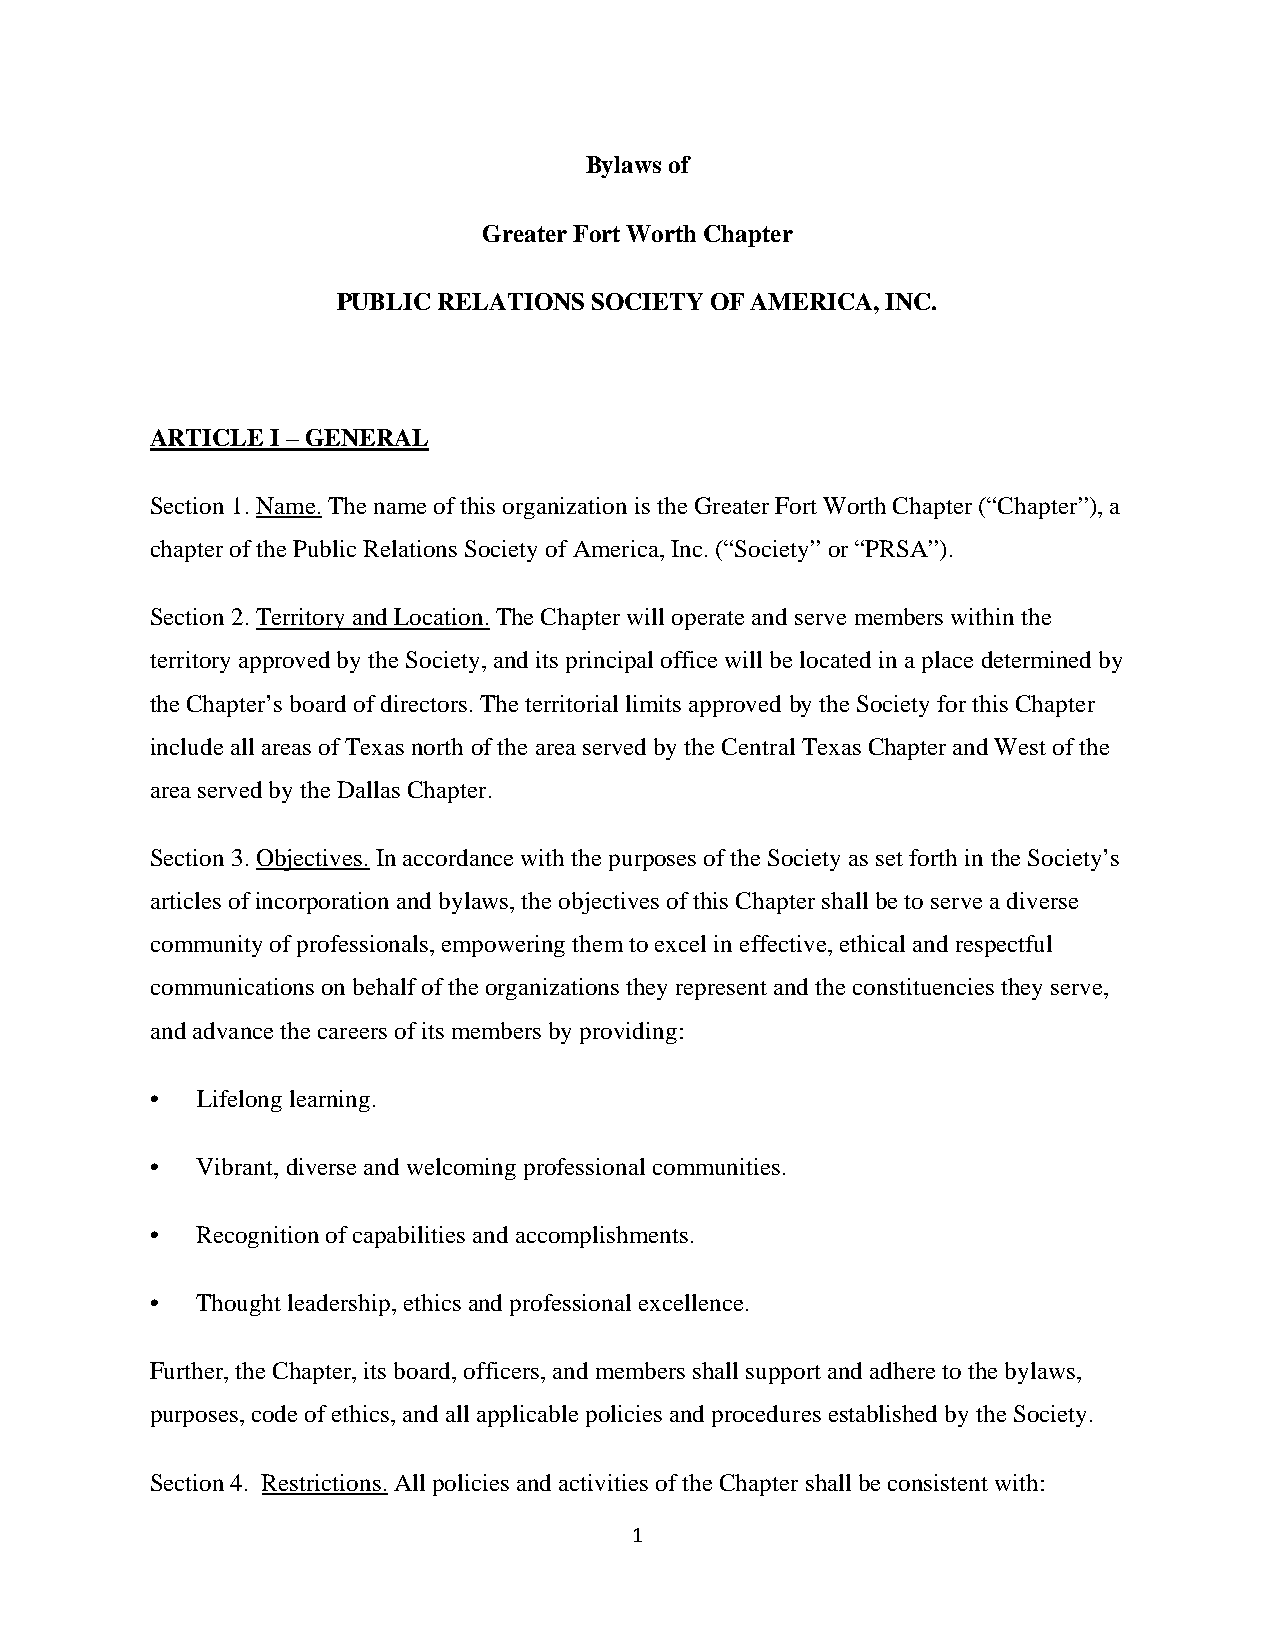
Bylaws of
 Greater Fort Worth Chapter
 PUBLIC RELATIONS SOCIETY OF AMERICA, INC.
 ARTICLE I – GENERAL
 Section 1. Name. The name of this organization is the Greater Fort Worth Chapter (“Chapter”), a
 chapter of the Public Relations Society of America, Inc. (“Society” or “PRSA”).
 Section 2. Territory and Location. The Chapter will operate and serve members within the
 territory approved by the Society, and its principal office will be located in a place determined by
 the Chapter’s board of directors. The territorial limits approved by the Society for this Chapter
 include all areas of Texas north of the area served by the Central Texas Chapter and West of the
 area served by the Dallas Chapter.
 Section 3. Objectives. In accordance with the purposes of the Society as set forth in the Society’s
 articles of incorporation and bylaws, the objectives of this Chapter shall be to serve a diverse
 community of professionals, empowering them to excel in effective, ethical and respectful
 communications on behalf of the organizations they represent and the constituencies they serve,
 and advance the careers of its members by providing:
 •  Lifelong learning.
 •  Vibrant, diverse and welcoming professional communities.
 •  Recognition of capabilities and accomplishments.
 •  Thought leadership, ethics and professional excellence.
 Further, the Chapter, its board, officers, and members shall support and adhere to the bylaws,
 purposes, code of ethics, and all applicable policies and procedures established by the Society.
 Section 4. Restrictions. All policies and activities of the Chapter shall be consistent with:
 1